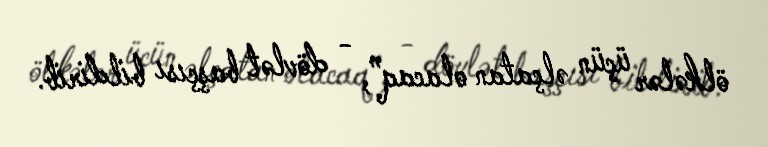
ölkələr üçün əlçatan olacaq”, - dövlət başçısı bildirib.